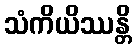
သံကိယိဿန္တိ